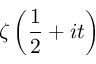
\zeta \left( { \frac { 1 } { 2 } } + i t \right)